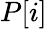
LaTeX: P[i]